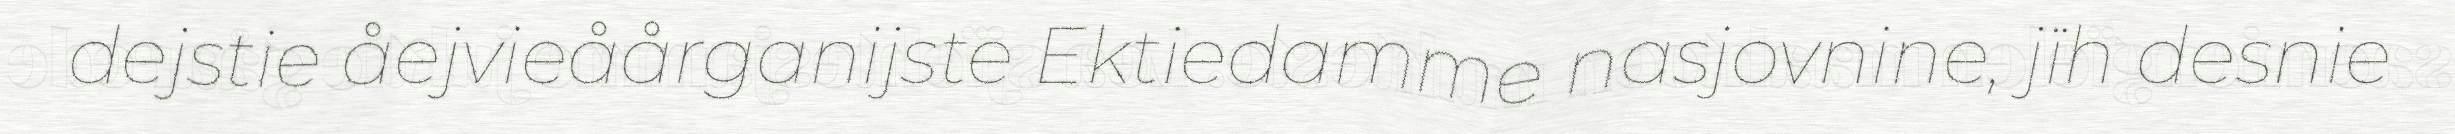
dejstie åejvieåårganijste Ektiedamme nasjovnine, jïh desnie